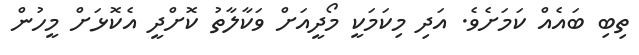
ތިބި ބައެއް ކަމަށެވެ. އަދި މިކަމަކީ މޯދީއަށް ވަކާލާތު ކޮށްދީ އެކޮޅަށް މީހުން